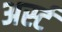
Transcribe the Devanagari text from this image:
अर्स्ट